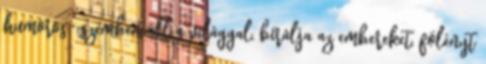
humoros." szemben áll a világgal, bírálja az embereket, fölényt